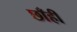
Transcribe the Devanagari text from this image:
छाँहीं